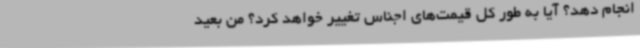
انجام دهد؟ آیا به طور کل قیمت‌های اجناس تغییر خواهد کرد؟ من بعید